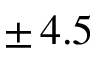
\pm \, 4 . 5